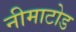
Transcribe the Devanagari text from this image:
नीमाटोड